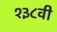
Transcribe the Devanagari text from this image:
१३८वी